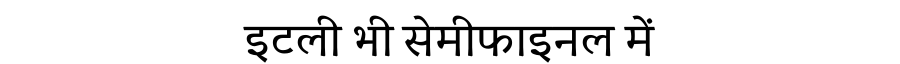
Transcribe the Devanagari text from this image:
इटली भी सेमीफाइनल में